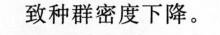
致种群密度下降。